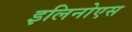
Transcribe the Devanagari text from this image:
इलिनोएस